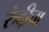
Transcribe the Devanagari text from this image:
रुंदी़चा